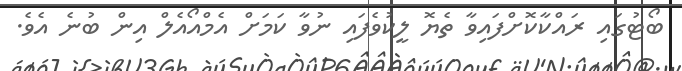
ބޯޓުގައި ރައްކާކޮށްފައިވާ ތެޔޮ ލީކުވެފައި ނުވާ ކަމަށް އެމްއޯއެލް އިން ބުނެ އެވެ.